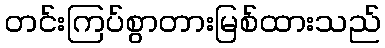
တင်းကြပ်စွာတားမြစ်ထားသည်